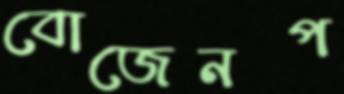
বোজেনপ